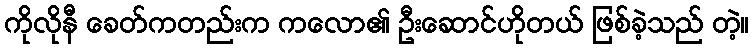
ကိုလိုနီ ခေတ်ကတည်းက ကလော၏ ဦးဆောင်ဟိုတယ် ဖြစ်ခဲ့သည် တဲ့။